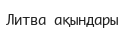
Литва ақындары